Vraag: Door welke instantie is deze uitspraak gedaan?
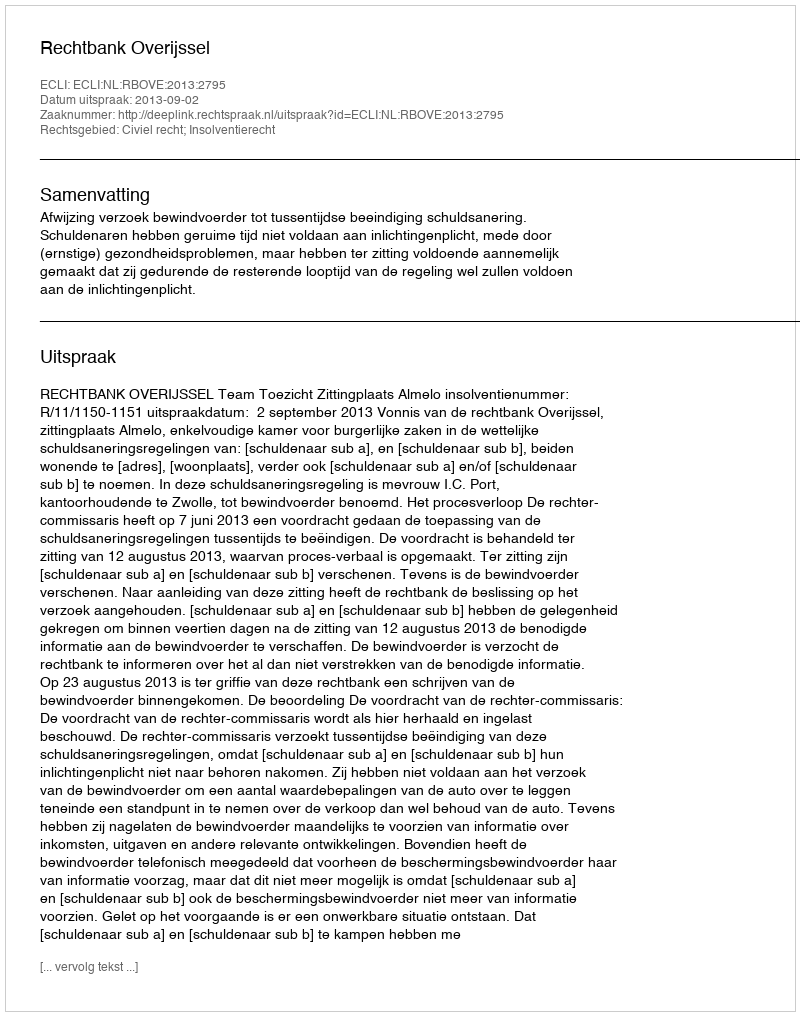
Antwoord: Rechtbank Overijssel